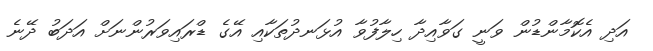
އަދި އެކޮމާންޑުން ވަނީ ގަވާއިދާ ހިލާފުވާ އުޅަނދުތަކާއި އޭގެ ޑްރައިވަރުންނަށް އަދަބު ދޭނެ